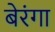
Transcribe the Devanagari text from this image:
बेरंगा